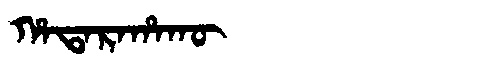
Manchu: ᡥᠠᡨᠠᡵᠠᡥᠠᡴᡡ
Romanization: HATARAHAKŪ